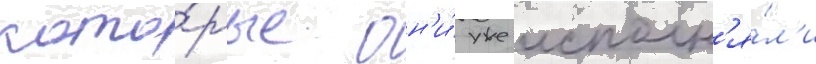
кото́рые он'и́ уже исполн'я́л'и